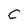
Character: C